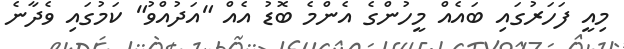
މިއީ ފަހަރުގައި ބައެއް މީހުންގެ އެންމެ ބޮޑު އެއް "އަދުއްވު" ކަމުގައި ވެދާނެ